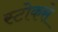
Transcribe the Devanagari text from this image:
स्टोकसे